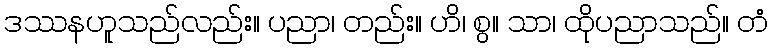
ဒဿနဟူသည်လည်း။ ပညာ၊ တည်း။ ဟိ၊ စွ။ သာ၊ ထိုပညာသည်။ တံ